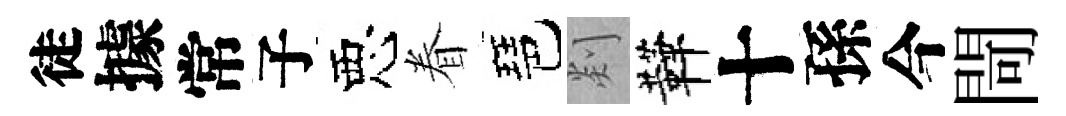
徒據常子惡眷琶剡鞾十孫今閜